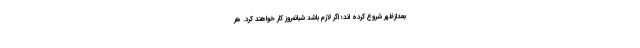
بعدازظهر شروع کرده اند؛ اگر لازم باشد شبانه‌روز کار خواهند کرد. هر